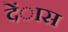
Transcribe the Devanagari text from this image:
देंास